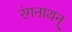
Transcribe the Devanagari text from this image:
रंगनाथन्‌